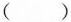
()